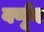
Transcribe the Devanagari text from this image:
वर्णून